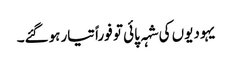
یہودیوں کی شہہ پائی تو فوراً تیار ہوگئے۔